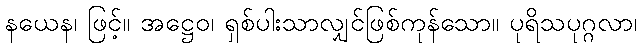
နယေန၊ ဖြင့်။ အဋ္ဌေဝ၊ ရှစ်ပါးသာလျှင်ဖြစ်ကုန်သော။ ပုရိသပုဂ္ဂလာ၊